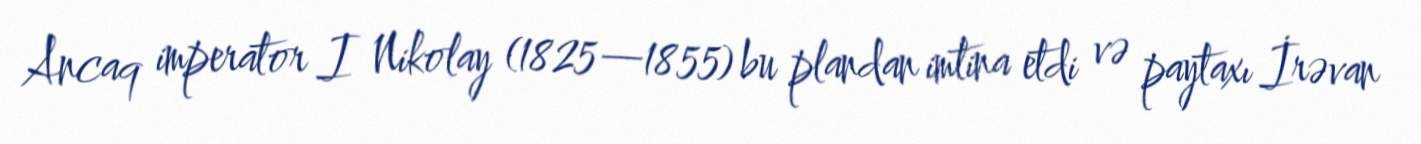
Ancaq imperator I Nikolay (1825—1855) bu plandan imtina etdi və paytaxı İrəvan